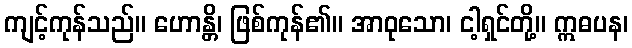
ကျင့်ကုန်သည်။ ဟောန္တိ၊ ဖြစ်ကုန်၏။ အာဝုသော၊ ငါ့ရှင်တို့။ ဣဓပန၊